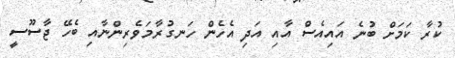
ކުރާ ކަމަށް ބުނެ އައިއެސް އާއި އަދި އެހެން ހަނގުރާމަވެރިންނާއި ބެހޭ ޖާސޫސީ